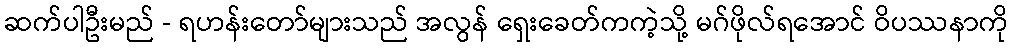
ဆက်ပါဦးမည် - ရဟန်းတော်များသည် အလွန် ရှေးခေတ်ကကဲ့သို့ မဂ်ဖိုလ်ရအောင် ဝိပဿနာကို